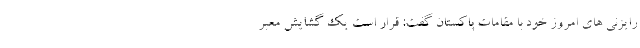
رایزنی های امروز خود با مقامات پاکستان گفت: قرار است یک گشایش معبر